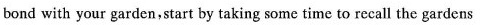
bond with your garden start by taking some time to recall the gardens